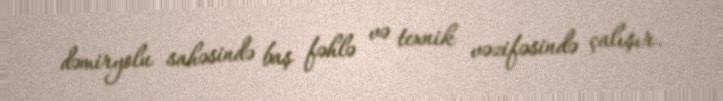
dəmiryolu sahəsində baş fəhlə və texnik vəzifəsində çalışır.